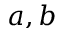
a , b